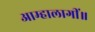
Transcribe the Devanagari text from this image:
आम्हालागीं॥